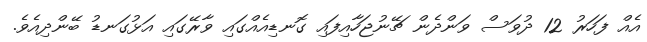
އެއް ފަހަރު 12 ދުވަސް ވަންދެން ޗޭނުޖަހާއިފައި ގޮނޑިއެއްގައި ވާރޭގައި އަޅުގަނޑު ބޭންދިއެވެ.